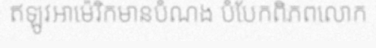
ឥឡូវអាម៉េរិកមានបំណង បំបែកពិភពលោក